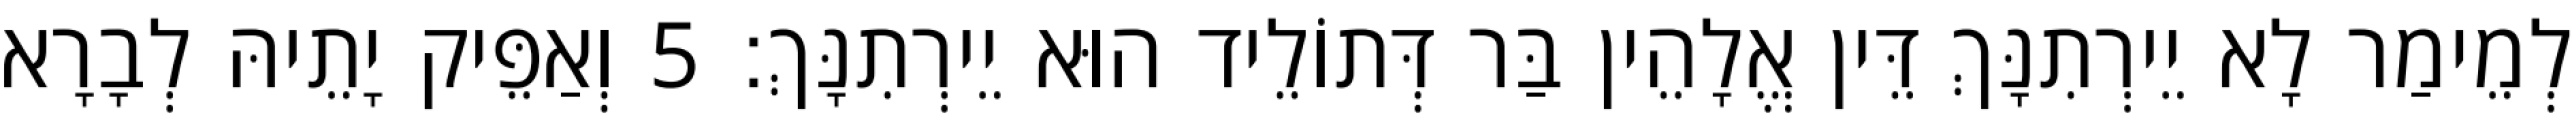
לְמֵימַר לָא יֵירְתִנָּךְ דֵּין אֱלָהֵין בַּר דְּתוֹלֵיד הוּא יֵירְתִנָּךְ׃ 5 וְאַפֵּיק יָתֵיהּ לְבָרָא